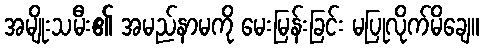
အမျိုးသမီး၏ အမည်နာမကို မေးမြန်းခြင်း မပြုလိုက်မိချေ။